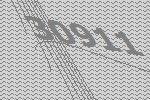
30911